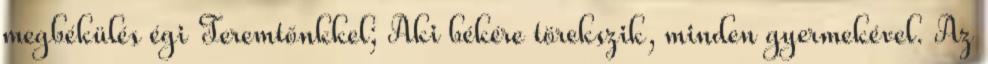
megbékülés égi Teremtőnkkel; Aki békére törekszik, minden gyermekével. Az